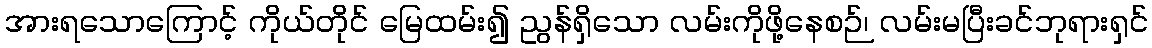
အားရသောကြောင့် ကိုယ်တိုင် မြေထမ်း၍ ညွန်ရှိသော လမ်းကိုဖို့နေစဉ်၊ လမ်းမပြီးခင်ဘုရားရှင်